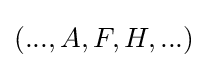
\left(...,A,F,H,...\right)